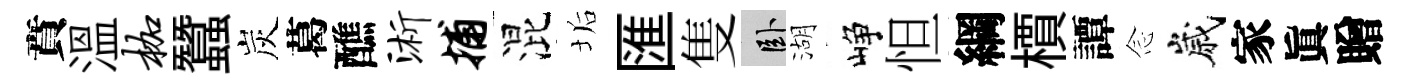
賁溫枷蠶炭葛醮浙捕混垢匯隻卧湖峥怛綱檟譚𫝹嵗家眞贈